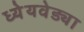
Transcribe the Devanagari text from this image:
ध्येेयवेड्या